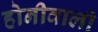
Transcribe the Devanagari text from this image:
होनीवाली